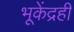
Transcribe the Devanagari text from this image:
भूकेंद्रही